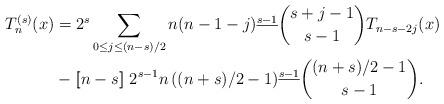
LaTeX: \begin{align*}T_n^{(s)}(x)&=2^s\sum_{0\le j\le (n-s)/2}n(n-1-j)^{\underline{s-1}}\binom{s+j-1}{s-1}T_{n-s-2j}(x)\\&-[\![n-s]\!]\;2^{s-1}n\,((n+s)/2-1)^{\underline{s-1}}\binom{(n+s)/2-1}{s-1}.\end{align*}